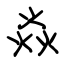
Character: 焱